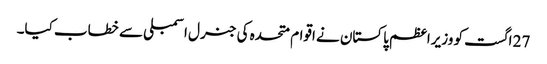
27 اگست کو وزیراعظم پاکستان نے اقوام متحدہ کی جنرل اسمبلی سے خطاب کیا۔